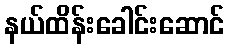
နယ်ထိန်းခေါင်းဆောင်